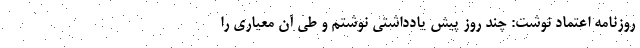
روزنامه اعتماد نوشت: چند روز پیش یادداشتی نوشتم و طی آن معیاری را